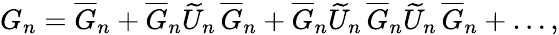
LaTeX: G_{n}=\overline{{G}}_{n}+\overline{{G}}_{n}\widetilde U_{n}\, \overline{{G}}_{n}+\overline{{G}}_{n}\widetilde U_{n}\, \overline{{G}}_{n}\widetilde U_{n}\, \overline{{G}}_{n}+\dots,